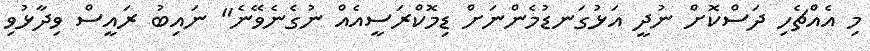
މި އެއްޗެހި ދަސްކޮށް ނުދީ އަޅުގަނޑުމެންނަށް ޑިމޮކްރަސީއެއް ނުގެނެވޭނެ" ނައިބު ރައީސް ވިދާޅުވި